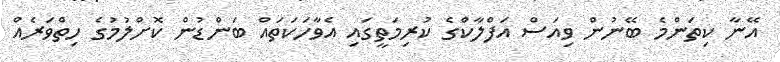
އޭނާ ކިތަންމެ ބޭނުން ވިއަސް އަފްލާކްގެ ކުރިމަތީގައި އެވާހަކަތައް ބަންޑުން ކޮށްލުމުގެ ހިތްވަރެއް